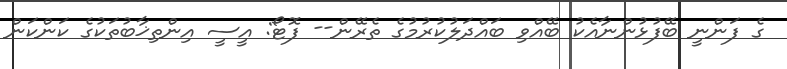
ގެ ފަންނީ ބޭފުޅުންނާއެކު ބޭއްވި ބައްދަލުކުރުމުގެ ތެރޭން-- ފޮޓޯ: އީސީ އިންތިޚާބުތަކުގެ ކަންކަން